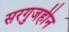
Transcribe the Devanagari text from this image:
सरगुजहीन